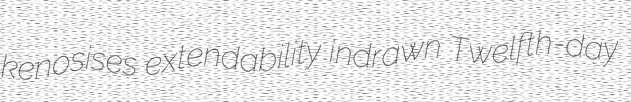
kenosises extendability indrawn Twelfth-day